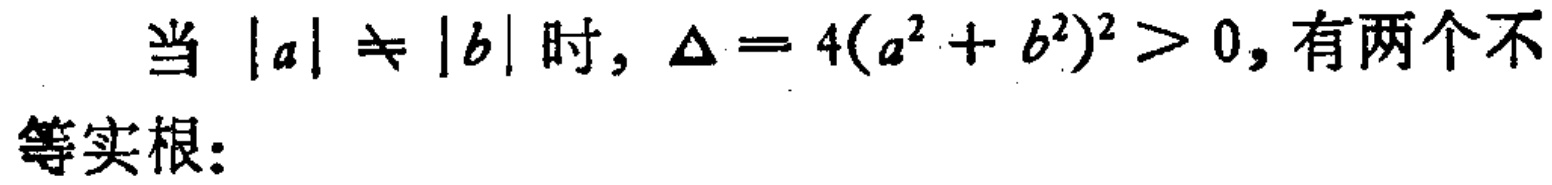
当 \(|a|\neq |b|\) 时, \(\Delta = 4(a^{2}+b^{2})^{2}>0\), 有两个不等实根：